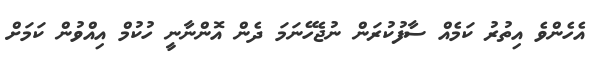
އެހެންވެ އިތުރު ކަމެއް ސާފުކުރަން ނުޖެހޭނަމަ ދެން އޮންނާނީ ހުކުމް އިއްވުން ކަމަށް